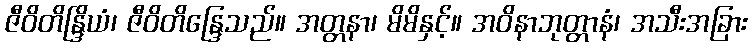
ဇီဝိတိန္ဒြိယံ၊ ဇီဝိတိန္ဒြေသည်။ အတ္တနာ၊ မိမိနှင့်။ အဝိနာဘုတ္တာနံ၊ အသီးအခြား